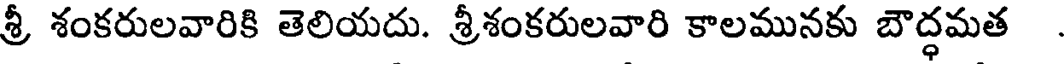
శ్రీ శంకరులవారికి తెలియదు. శ్రీశంకరులవారి కాలమునకు బౌద్ధమత